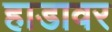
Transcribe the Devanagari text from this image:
हाडावर